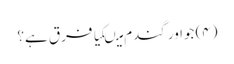
(۴) جواور گندم میںکیا فرق ہے؟